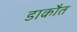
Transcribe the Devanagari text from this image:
डाकौत